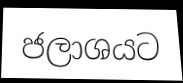
ජලාශයට